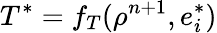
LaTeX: T^{*}=f_{T}(\rho^{n+1},e_{i}^{*})